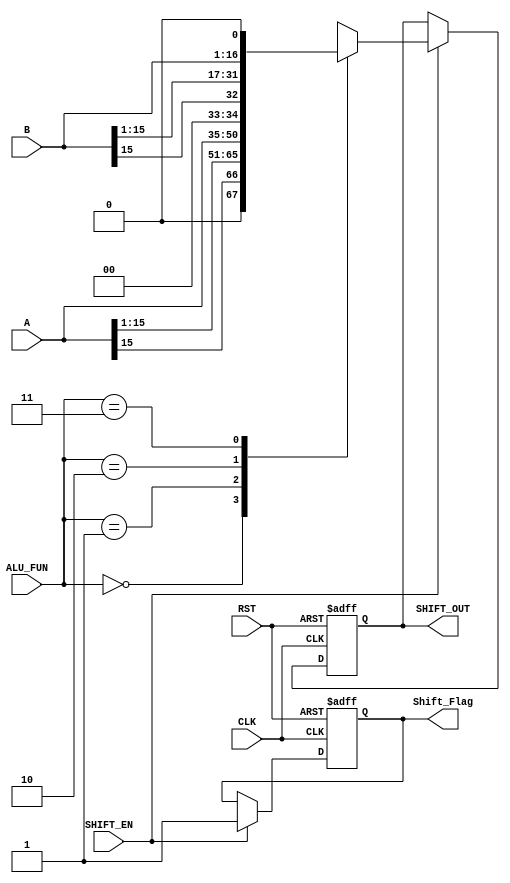
module Shift_Unit  #(parameter IN_WIDTH = 16  , SHIFT_OUT_WIDTH = 17 )
(input wire signed [IN_WIDTH-1:0] A,
input wire signed [IN_WIDTH-1:0] B,
input wire CLK,RST,
input wire SHIFT_EN,
input wire [1:0] ALU_FUN,
output reg [SHIFT_OUT_WIDTH-1:0] SHIFT_OUT,
output reg Shift_Flag
);


always @(posedge CLK or negedge RST) begin
    if(!RST) begin
        SHIFT_OUT<='d0;
        Shift_Flag<=0;
    end 
    else if (SHIFT_EN) begin
    Shift_Flag<=1;
    case (ALU_FUN)
    2'd0 : SHIFT_OUT<= A>>1;
    2'd1 : SHIFT_OUT<= A<<1;
    2'd2 : SHIFT_OUT<= B>>1;
    2'd3 : SHIFT_OUT<= B<<1;
    
   
    endcase
    end
end


endmodule